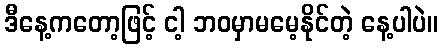
ဒီနေ့ကတော့ဖြင့် ငါ့ ဘဝမှာမမေ့နိုင်တဲ့ နေ့ပါပဲ။